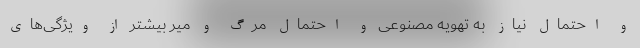
و احتمال نیاز به تهویه مصنوعی و احتمال مرگ و میر بیشتر از ویژگی‌های